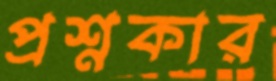
প্রশ্নকার